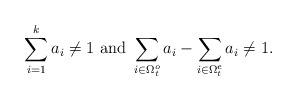
LaTeX: \begin{align*} \sum_{i=1}^k a_i \neq 1 \,\, {\rm and} \,\, \sum_{i\in \Omega_t^o}a_i-\sum_{i\in \Omega_t^e}a_i \neq 1 .\end{align*}